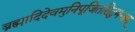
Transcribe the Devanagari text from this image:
ब्रह्मादिदेवमुनिपूजितसिद्धमन्त्रम्